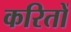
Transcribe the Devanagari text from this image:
करितों